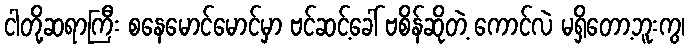
ငါတို့ဆရာကြီး စနေမောင်မောင်မှာ ဗင်ဆင့်ခေါ် ဗစိန်ဆိုတဲ့ ကောင်လဲ မရှိတော့ဘူးကွ၊